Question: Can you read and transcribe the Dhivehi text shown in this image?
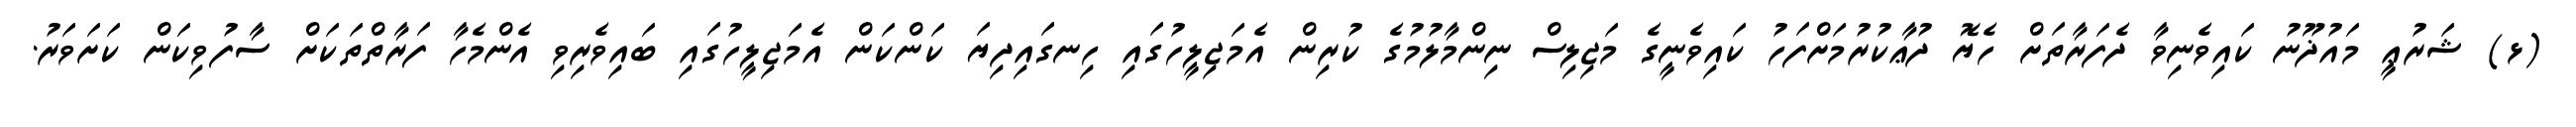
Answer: (ޅ) ޝަރުޢީ މައުޛޫނު ކައިވެނިވާ ދެފަރާތަށް ހެޔޮ ދުޢާކުރުމަށްފަހު ކައިވެނީގެ މަޖިލިސް ނިންމާލުމުގެ ކުރިން އެމަޖިލީހުގައި ހިނގައިދިޔަ ކަންކަން އެމަޖިލީހުގައި ބައިވެރިވި އެންމެހާ ފަރާތްތަކަށް ސާފުވިކަން ކަށަވަރު.